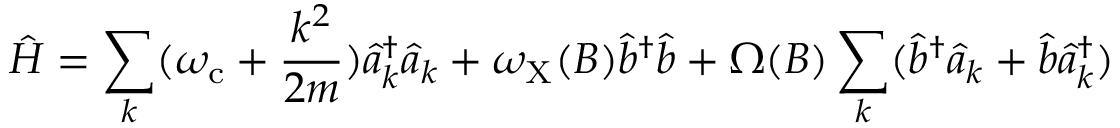
{ \small \hat { H } = \sum _ { k } ( \omega _ { \mathrm { { c } } } + \frac { k ^ { 2 } } { 2 m } ) \hat { a } _ { k } ^ { \dagger } \hat { a } _ { k } + \omega _ { \mathrm { X } } ( B ) \hat { b } ^ { \dagger } \hat { b } + \Omega ( B ) \sum _ { k } ( \hat { b } ^ { \dagger } \hat { a } _ { k } + \hat { b } \hat { a } _ { k } ^ { \dagger } ) }